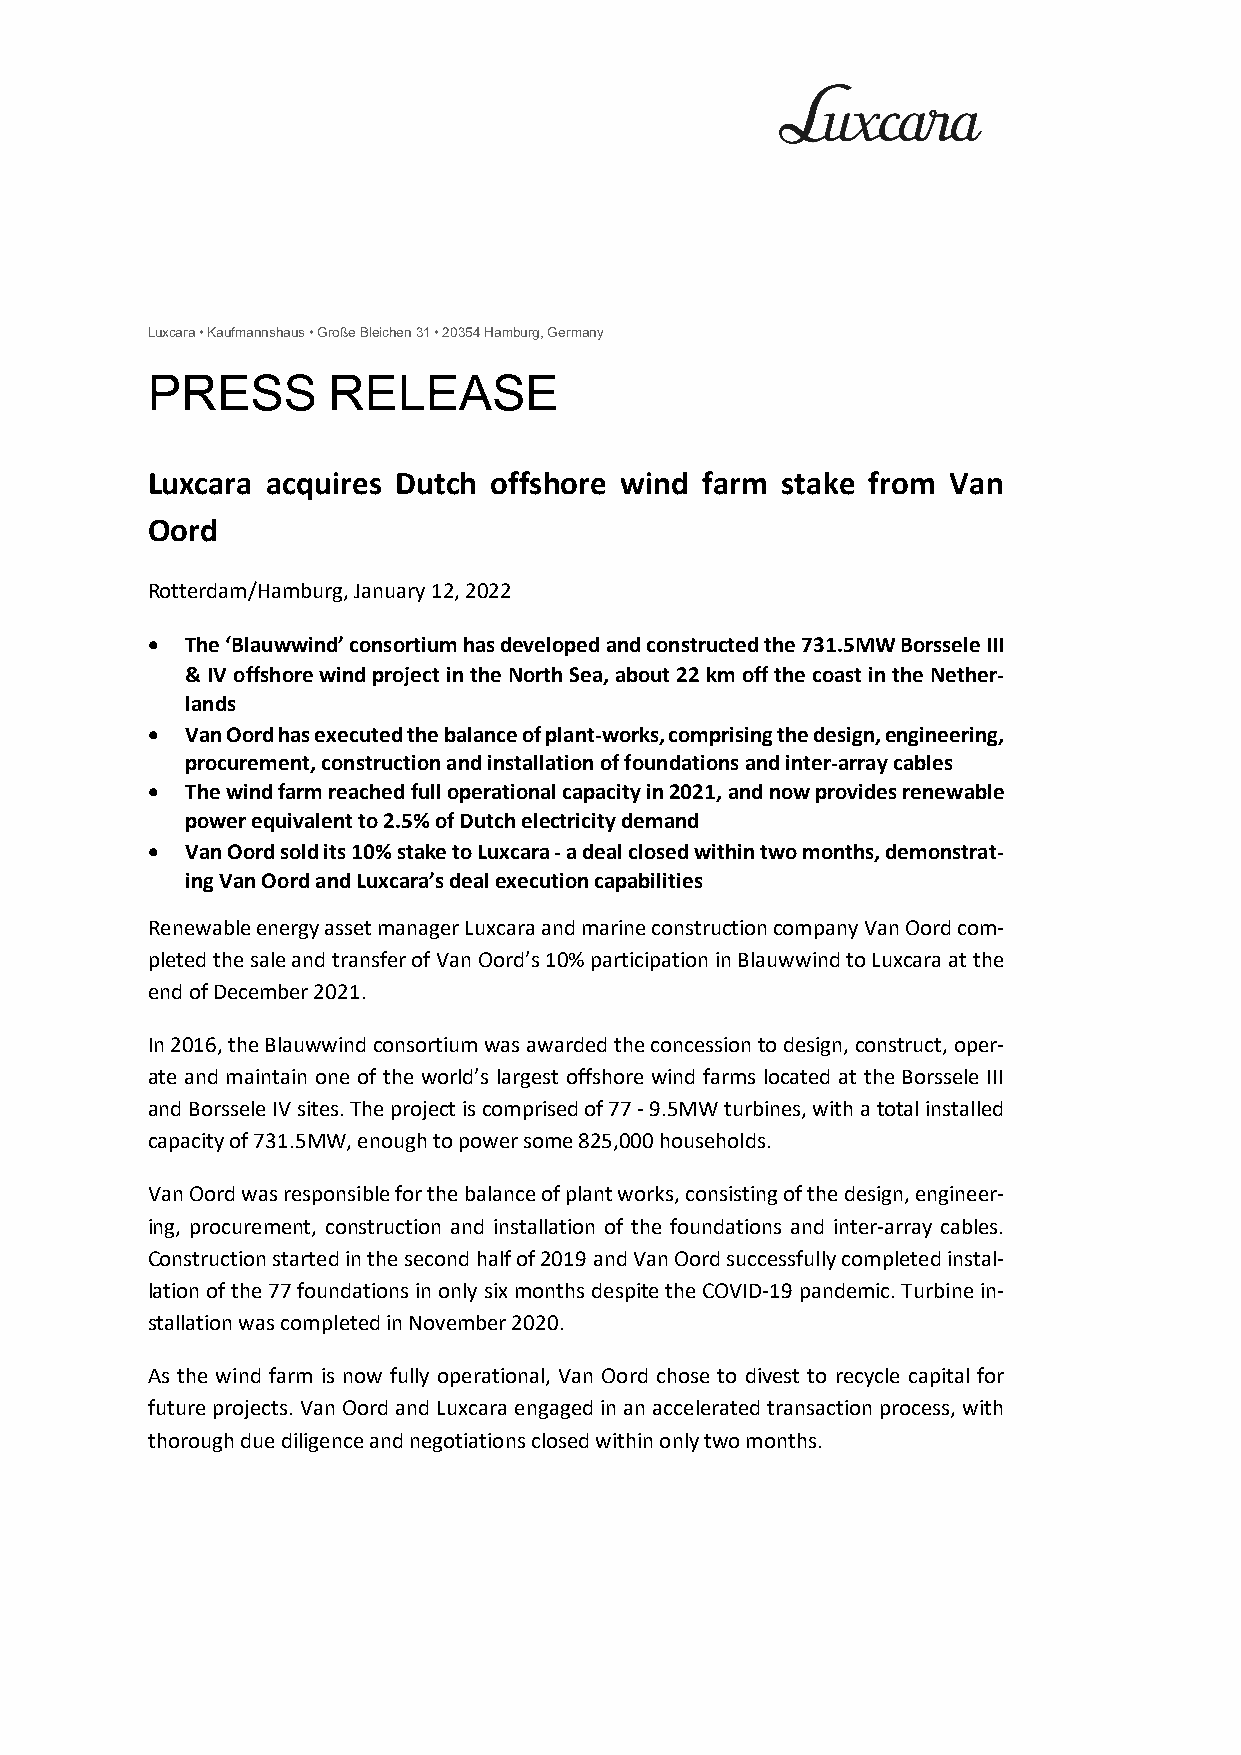
Luxcara • Kaufmannshaus • Große Bleichen 31 • 20354 Hamburg, Germany
 PRESS       RELEASE
 Luxcara acquires Dutch offshore wind farm stake from Van
 Oord
 Rotterdam/Hamburg, January 12, 2022
  The ‘Blauwwind’ consortium has developed and constructed the 731.5MW Borssele III
 & IV offshore wind project in the North Sea, about 22 km off the coast in the Nether-
 lands
  Van Oord has executed the balance of plant-works, comprising the design, engineering,
 procurement, construction and installation of foundations and inter-array cables
  The wind farm reached full operational capacity in 2021, and now provides renewable
 power equivalent to 2.5% of Dutch electricity demand
  Van Oord sold its 10% stake to Luxcara - a deal closed within two months, demonstrat-
 ing Van Oord and Luxcara’s deal execution capabilities
 Renewable energy asset manager Luxcara and marine construction company Van Oord com-
 pleted the sale and transfer of Van Oord’s 10% participation in Blauwwind to Luxcara at the
 end of December 2021.
 In 2016, the Blauwwind consortium was awarded the concession to design, construct, oper-
 ate and maintain one of the world’s largest offshore wind farms located at the Borssele III
 and Borssele IV sites. The project is comprised of 77 - 9.5MW turbines, with a total installed
 capacity of 731.5MW, enough to power some 825,000 households.
 Van Oord was responsible for the balance of plant works, consisting of the design, engineer-
 ing, procurement, construction and installation of the foundations and inter-array cables.
 Construction started in the second half of 2019 and Van Oord successfully completed instal-
 lation of the 77 foundations in only six months despite the COVID-19 pandemic. Turbine in-
 stallation was completed in November 2020.
 As the wind farm is now fully operational, Van Oord chose to divest to recycle capital for
 future projects. Van Oord and Luxcara engaged in an accelerated transaction process, with
 thorough due diligence and negotiations closed within only two months.